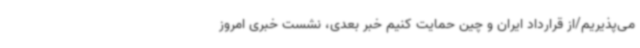
می‌پذیریم/از قرارداد ایران و چین حمایت کنیم خبر بعدی، نشست خبری امروز